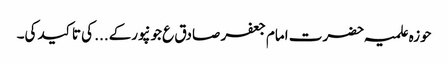
حوزہ علمیہ حضرت امام جعفر صادق ع جونپورکے... کی تاکید کی۔